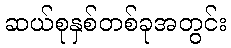
ဆယ်စုနှစ်တစ်ခုအတွင်း